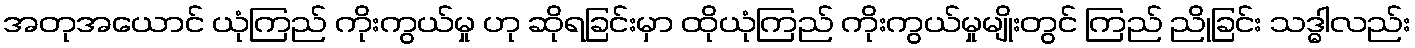
အတုအယောင် ယုံကြည် ကိုးကွယ်မှု ဟု ဆိုရခြင်းမှာ ထိုယုံကြည် ကိုးကွယ်မှုမျိုးတွင် ကြည် ညိုခြင်း သဒ္ဓါလည်း